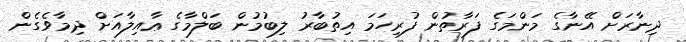
ދިނާރަށް އޭނާގެ މަންމަގެ ފަރާތުން ފުރިހަމަ އިތުބާރު ލިބުމުން ބަލްމާގެ ޢާއިލާއަށް ދިމާވެގެން